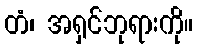
တံ၊ အရှင်ဘုရားကို။